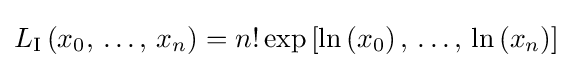
L_{\text{I}}\left(x_{0},\,\dots ,\,x_{n}\right)=n!\exp \left[\ln \left(x_{0}\right),\,\dots ,\,\ln \left(x_{n}\right)\right]